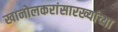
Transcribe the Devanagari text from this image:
खानोलकरांसारख्यांच्या